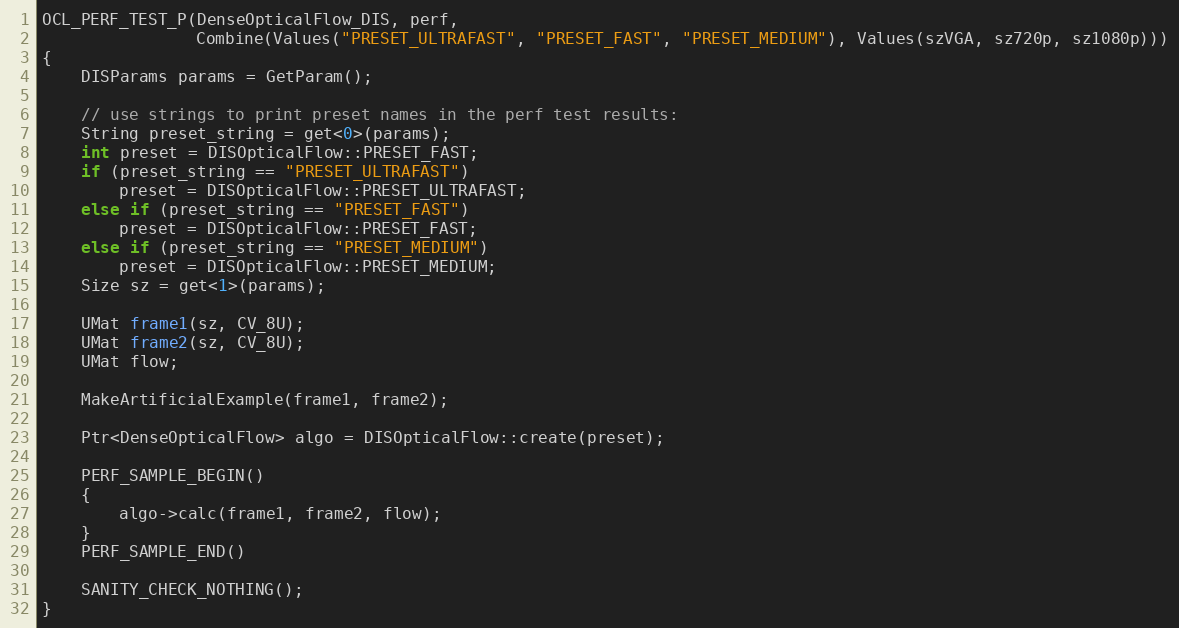
Language: C++
OCL_PERF_TEST_P(DenseOpticalFlow_DIS, perf,
                Combine(Values("PRESET_ULTRAFAST", "PRESET_FAST", "PRESET_MEDIUM"), Values(szVGA, sz720p, sz1080p)))
{
    DISParams params = GetParam();

    // use strings to print preset names in the perf test results:
    String preset_string = get<0>(params);
    int preset = DISOpticalFlow::PRESET_FAST;
    if (preset_string == "PRESET_ULTRAFAST")
        preset = DISOpticalFlow::PRESET_ULTRAFAST;
    else if (preset_string == "PRESET_FAST")
        preset = DISOpticalFlow::PRESET_FAST;
    else if (preset_string == "PRESET_MEDIUM")
        preset = DISOpticalFlow::PRESET_MEDIUM;
    Size sz = get<1>(params);

    UMat frame1(sz, CV_8U);
    UMat frame2(sz, CV_8U);
    UMat flow;

    MakeArtificialExample(frame1, frame2);

    Ptr<DenseOpticalFlow> algo = DISOpticalFlow::create(preset);

    PERF_SAMPLE_BEGIN()
    {
        algo->calc(frame1, frame2, flow);
    }
    PERF_SAMPLE_END()

    SANITY_CHECK_NOTHING();
}